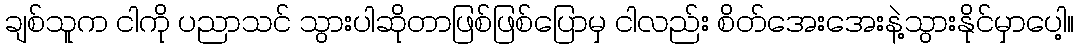
ချစ်သူက ငါကို ပညာသင် သွားပါဆိုတာဖြစ်ဖြစ်ပြောမှ ငါလည်း စိတ်အေးအေးနဲ့သွားနိုင်မှာပေါ့။